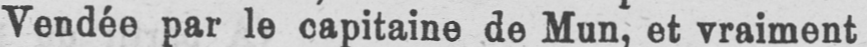
Vendée par le capitaine de Mun, et vraiment